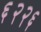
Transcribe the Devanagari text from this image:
६२२६